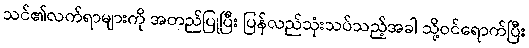
သင်၏လက်ရာများကို အတည်ပြုပြီး ပြန်လည်သုံးသပ်သည့်အခါ သို့ဝင်ရောက်ပြီး